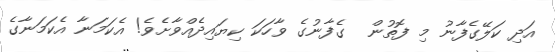
އަދި ކަލޭގެފާނު މި ފޮތުން  ގެފާނުގެ ވާހަކަ ކިޔައިދެއްވާށެވެ! އެކަމަނާ އެކަމަނާގެ